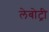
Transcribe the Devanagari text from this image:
लेबोट्री